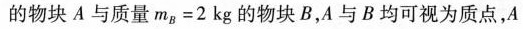
的物块 A 与质量$$m_{B} = 2 kg$$ 的物块 B，A与 B 均可视为质点，A